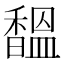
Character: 馧